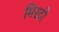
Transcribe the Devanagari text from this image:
मिरटो